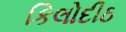
કિલોદીઠ